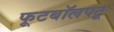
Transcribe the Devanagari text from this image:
फूटबॉलपटू